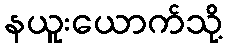
နယူးယောက်သို့